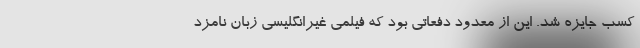
کسب جایزه شد. این از معدود دفعاتی بود که فیلمی غیرانگلیسی زبان نامزد